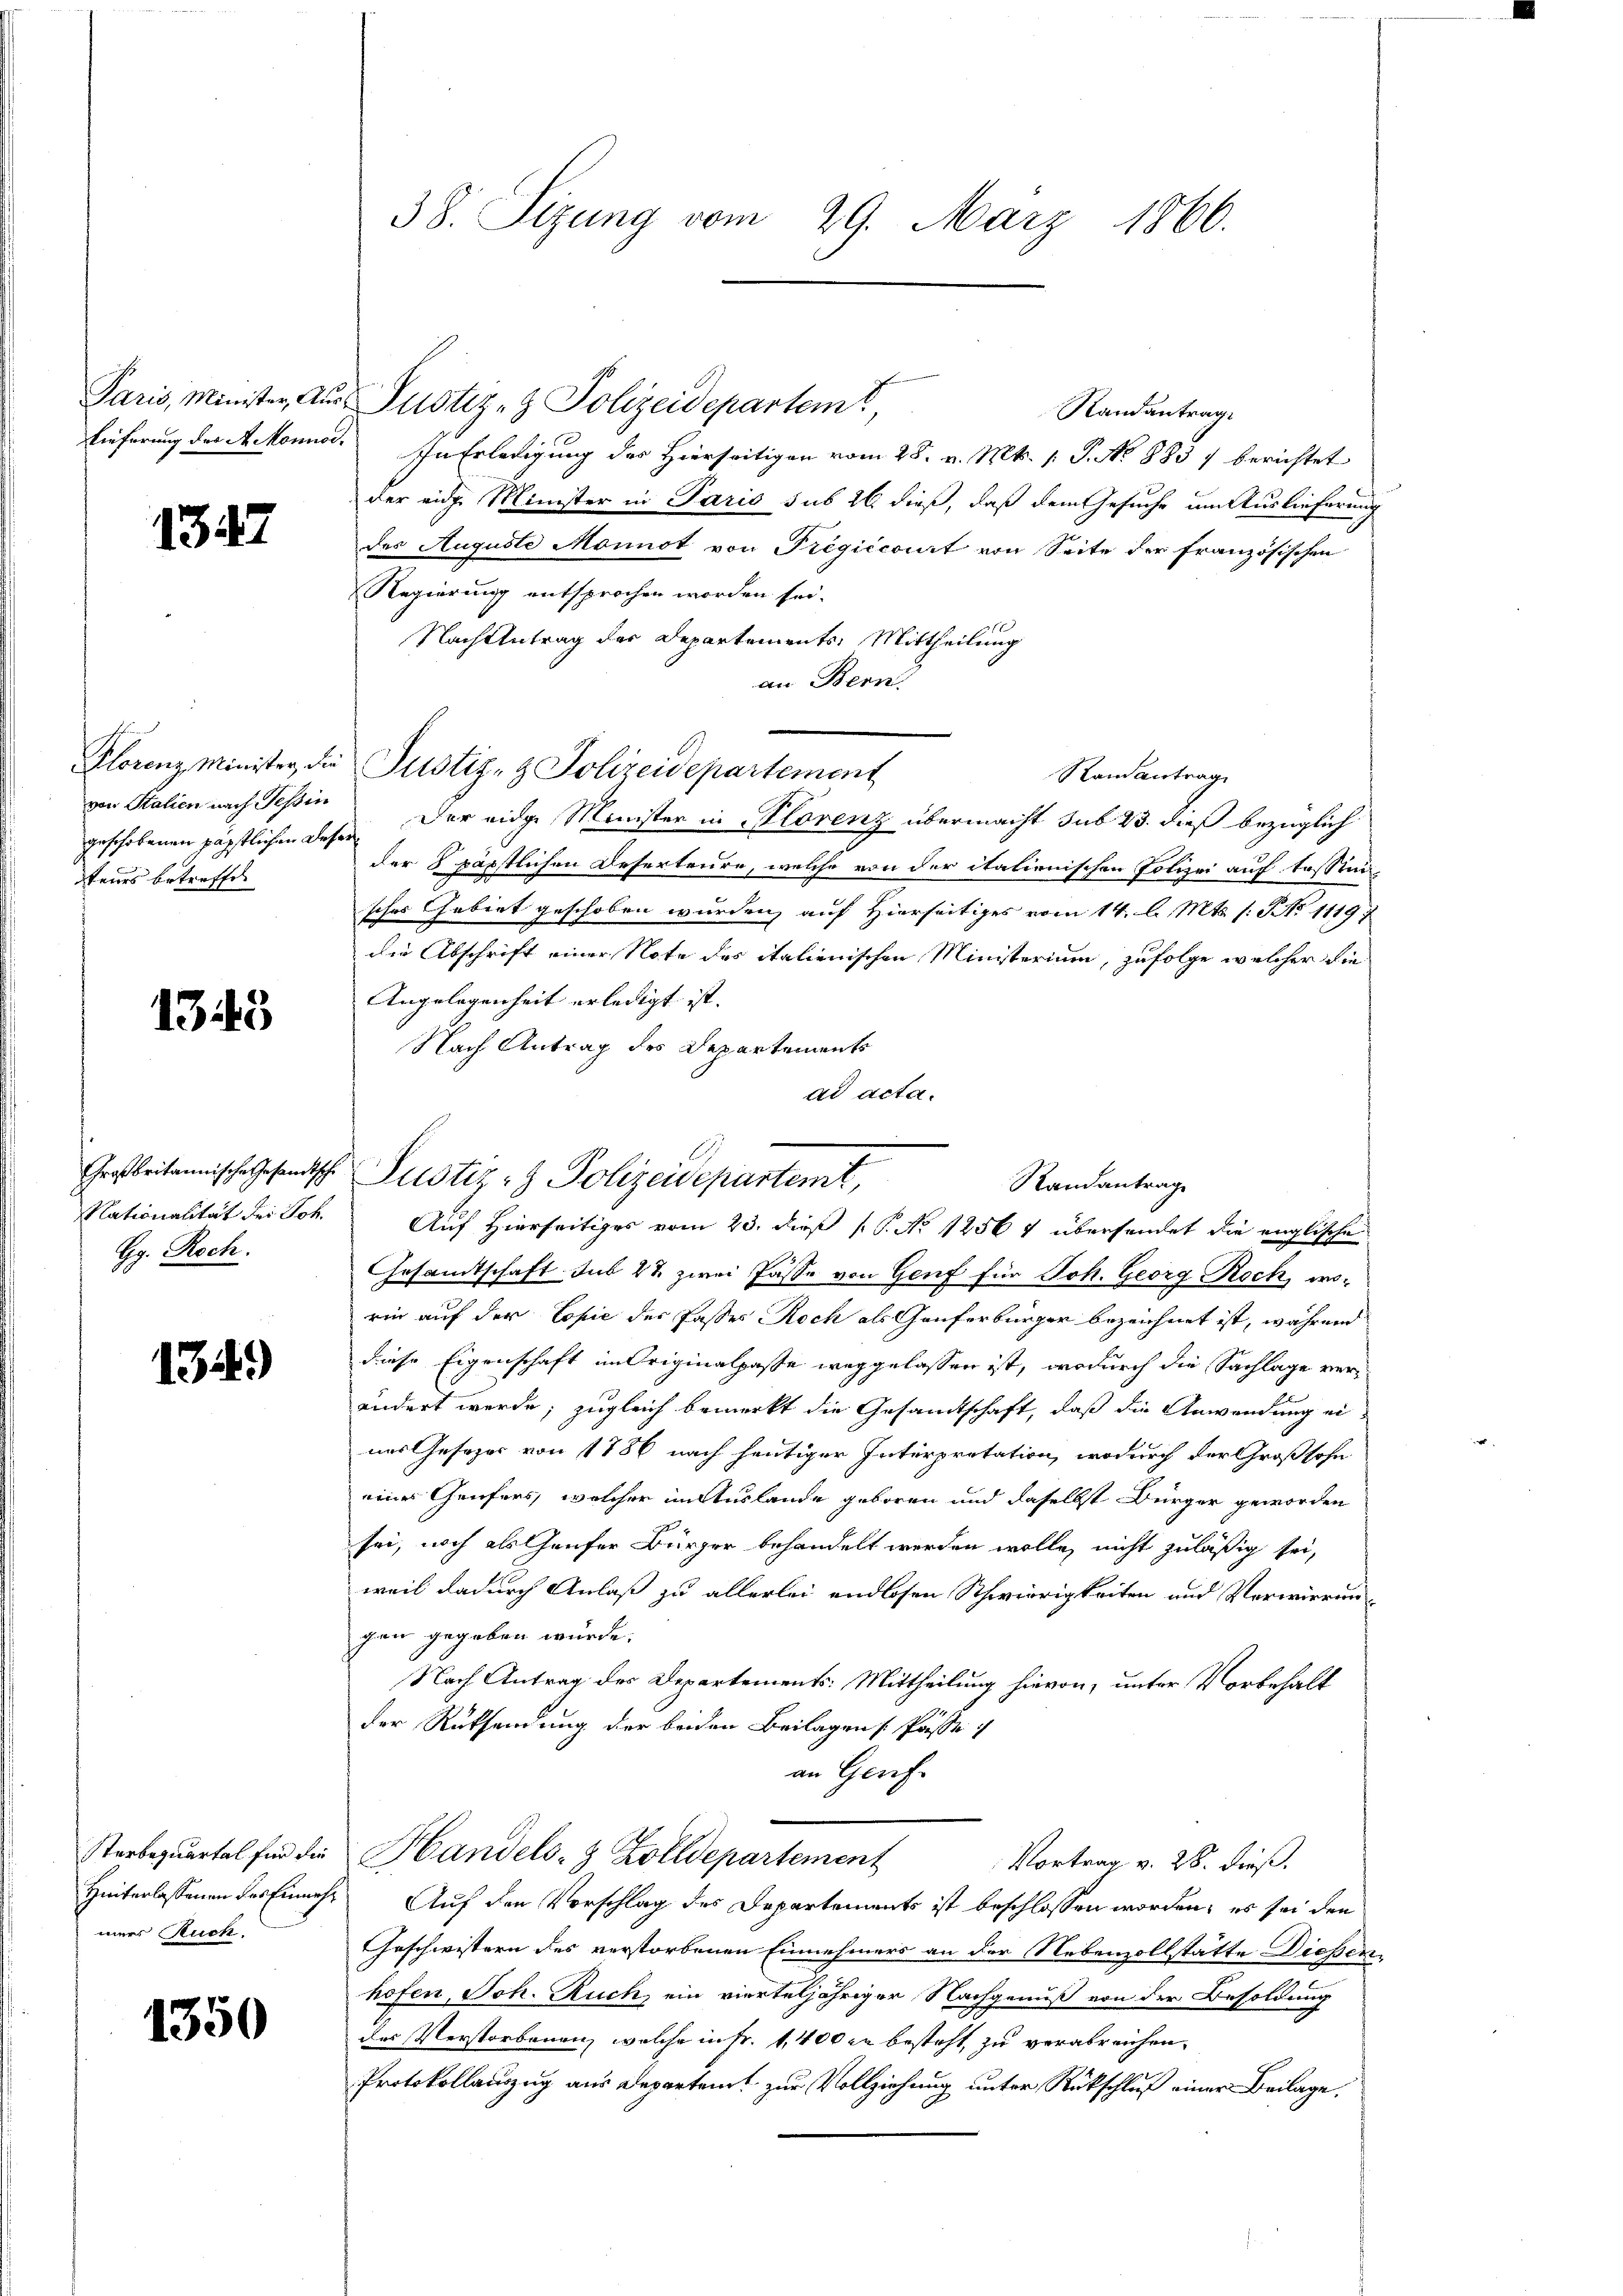
1347

von Stalien nach Tessin
teurs betreffen

1343

Gg. Roch.

1344)

mers Ruck.

1350

Paris, Minister aus Justiz- & Polizeidepartemt,
Randantrag
Lieferung des Rekonner. In Erledigung des Hierseitigen vom 28. v. Mts. 1. P. No 883) berichtet
der eidg. Minister in Paris sub 26 dieß, daß dem Gesuche um Auslieferung
des Auguste Monnot von Prégiccourt von Seite der französischen
Regierung entsprochen worden sei.
Nach Antrag des Departements, Mittheilung
an Bern.
geschobenen päpstlichen Deser Der eidge Minister in Klorenz übermacht sub 23. dieß bezüglich
der 8 päpstlichen Deserteure, welche von der italienischen Polizei auf tossensches Gebiet geschoben wurden, auf Hierseitiges vom 14. d. Mts. (: No 1119
die Abschrift einer Note des italienischen Ministerium, zufolge welcher die
Angelegenheit erledigt ist.
Nach Antrag des Departements
ad acta.
Nationalität der Joh. Auf Hierseitiges vom 23. dieß P. No 12567 übersendet die englische
Gesamtschaft sub 22 zwei Pässe von Genf für Joh. Georg Rock, worin auf der Copie des Passes Roch als Gauferbürger bezeichnet ist, während
diese Eigenschaft im Originalpasse weggelassen ist, wodurch die Sachlage verändert werde; zugleich bemerkt die Gesandtschaft, daß die Anwendung eines Gesetzer von 1786 nach heutiger Interprotation, wodurch der Großsohn
eines Genfers, welcher im Auslande geboren und daselbst Bürger geworden
sei, noch als Haufer Bürger behandelt werden wolle, nicht zuläßig sei,
weil dadurch Anlaß zu allerlei endlosen Schwierigkeiten und Verwirrungen gegeben würde.
Nach Antrag des Departements: Mittheilung hievon, unter Vorbehalt
74
der Rücksendung der beiden Beilagen Pässe
an Gerif
Sterbezuartal für die Handels- & Zolldepartement
Vortrag v. 28. dieß.
Hinterlassenen des Einmehr Auf den Vorschlag des Departements ist beschlossen worden, es sei den
Geschwistern des verstorbenen Einnehmers an der Nebenzollstätte Diesenhofen, Joh. Ruch, ein vierteljähriger Nachgenuß von der Besoldung
des Verstorbenen, welche in Fr. 1,400 in besteht, zu verabreichen.
Protokollauszug aus Departeit zur Vollziehung unter Rückschluß einer Beilage.

38. Sizung vom 29. März 1866.

Florenz Minister die Justiz- & Polizeidepartement

Großbritannischehendsche Justiz- & Polizeidepartemt,

Randantrag

Randantrag